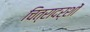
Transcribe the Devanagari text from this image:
चित्रादर्शों